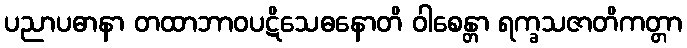
ပညာပဓာနာ တထာဘာဝပဋိသေဓနောတိ ဝါစေန္တာ ရက္ခသဇာတိကတ္တာ